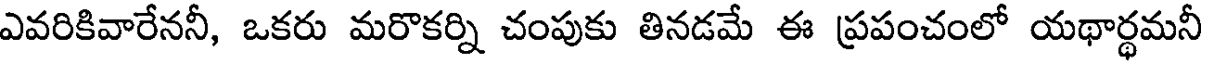
ఎవరికివారేననీ, ఒకరు మరొకర్ని చంపుకు తినడమే ఈ ప్రపంచంలో యథార్థమనీ